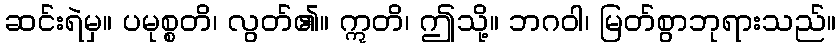
ဆင်းရဲမှ။ ပမုစ္စတိ၊ လွတ်၏။ ဣတိ၊ ဤသို့။ ဘဂဝါ၊ မြတ်စွာဘုရားသည်။